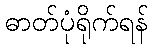
ဓာတ်ပုံရိုက်ရန်